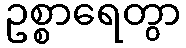
ဥစ္စာရေတွာ